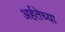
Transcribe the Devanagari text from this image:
अर्हतेच्या